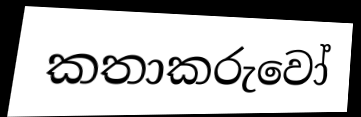
කතාකරුවෝ